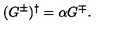
( G ^ { \pm } ) ^ { \dagger } = \alpha G ^ { \mp } { } .